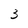
Character: 3